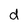
Character: d